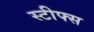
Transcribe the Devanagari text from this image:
स्टीफ्स